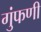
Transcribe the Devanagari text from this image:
गुंफणी